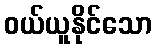
ဝယ်ယူနိုင်သော